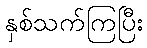
နှစ်သက်ကြပြီး